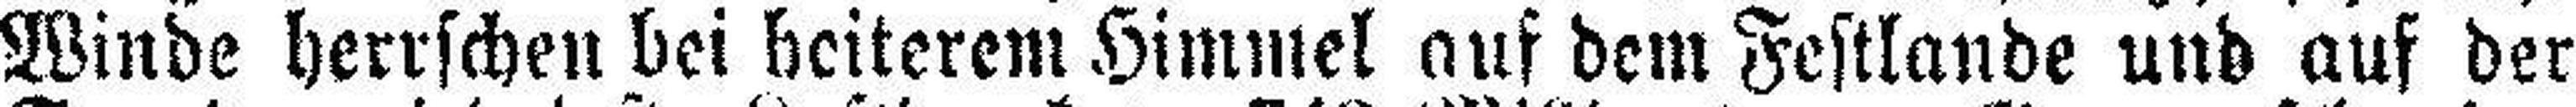
Winde herrschen bei heiterem Himmel auf dem Festlande und auf der